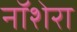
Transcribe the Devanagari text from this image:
नॉशेरा